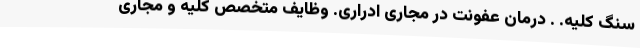
سنگ کلیه. . درمان عفونت در مجاری ادراری. وظایف متخصص کلیه و مجاری